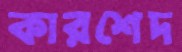
কারশেদ